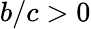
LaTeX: b/c>0